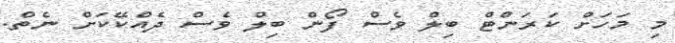
މި މަހަށް ކަރަންޓް ބިލް ވެސް ފޯން ބިލް ވެސް ދެއްކޭކަށް ނެތް.